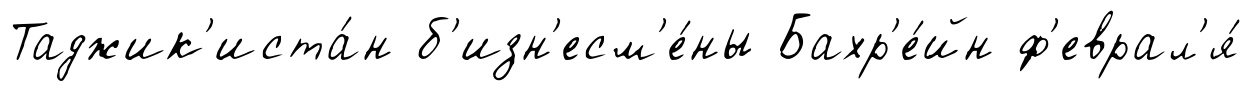
Таджик'иста́н б'изн'есм'е́ны Бахр'е́йн ф'еврал'я́